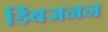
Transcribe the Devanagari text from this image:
डिंबजनन